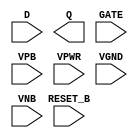
module sky130_fd_sc_hd__dlrtp (
    //# {{data|Data Signals}}
    input  D      ,
    output Q      ,

    //# {{control|Control Signals}}
    input  RESET_B,

    //# {{clocks|Clocking}}
    input  GATE   ,

    //# {{power|Power}}
    input  VPB    ,
    input  VPWR   ,
    input  VGND   ,
    input  VNB
);
endmodule